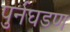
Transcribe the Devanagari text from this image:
पुर्नघडण